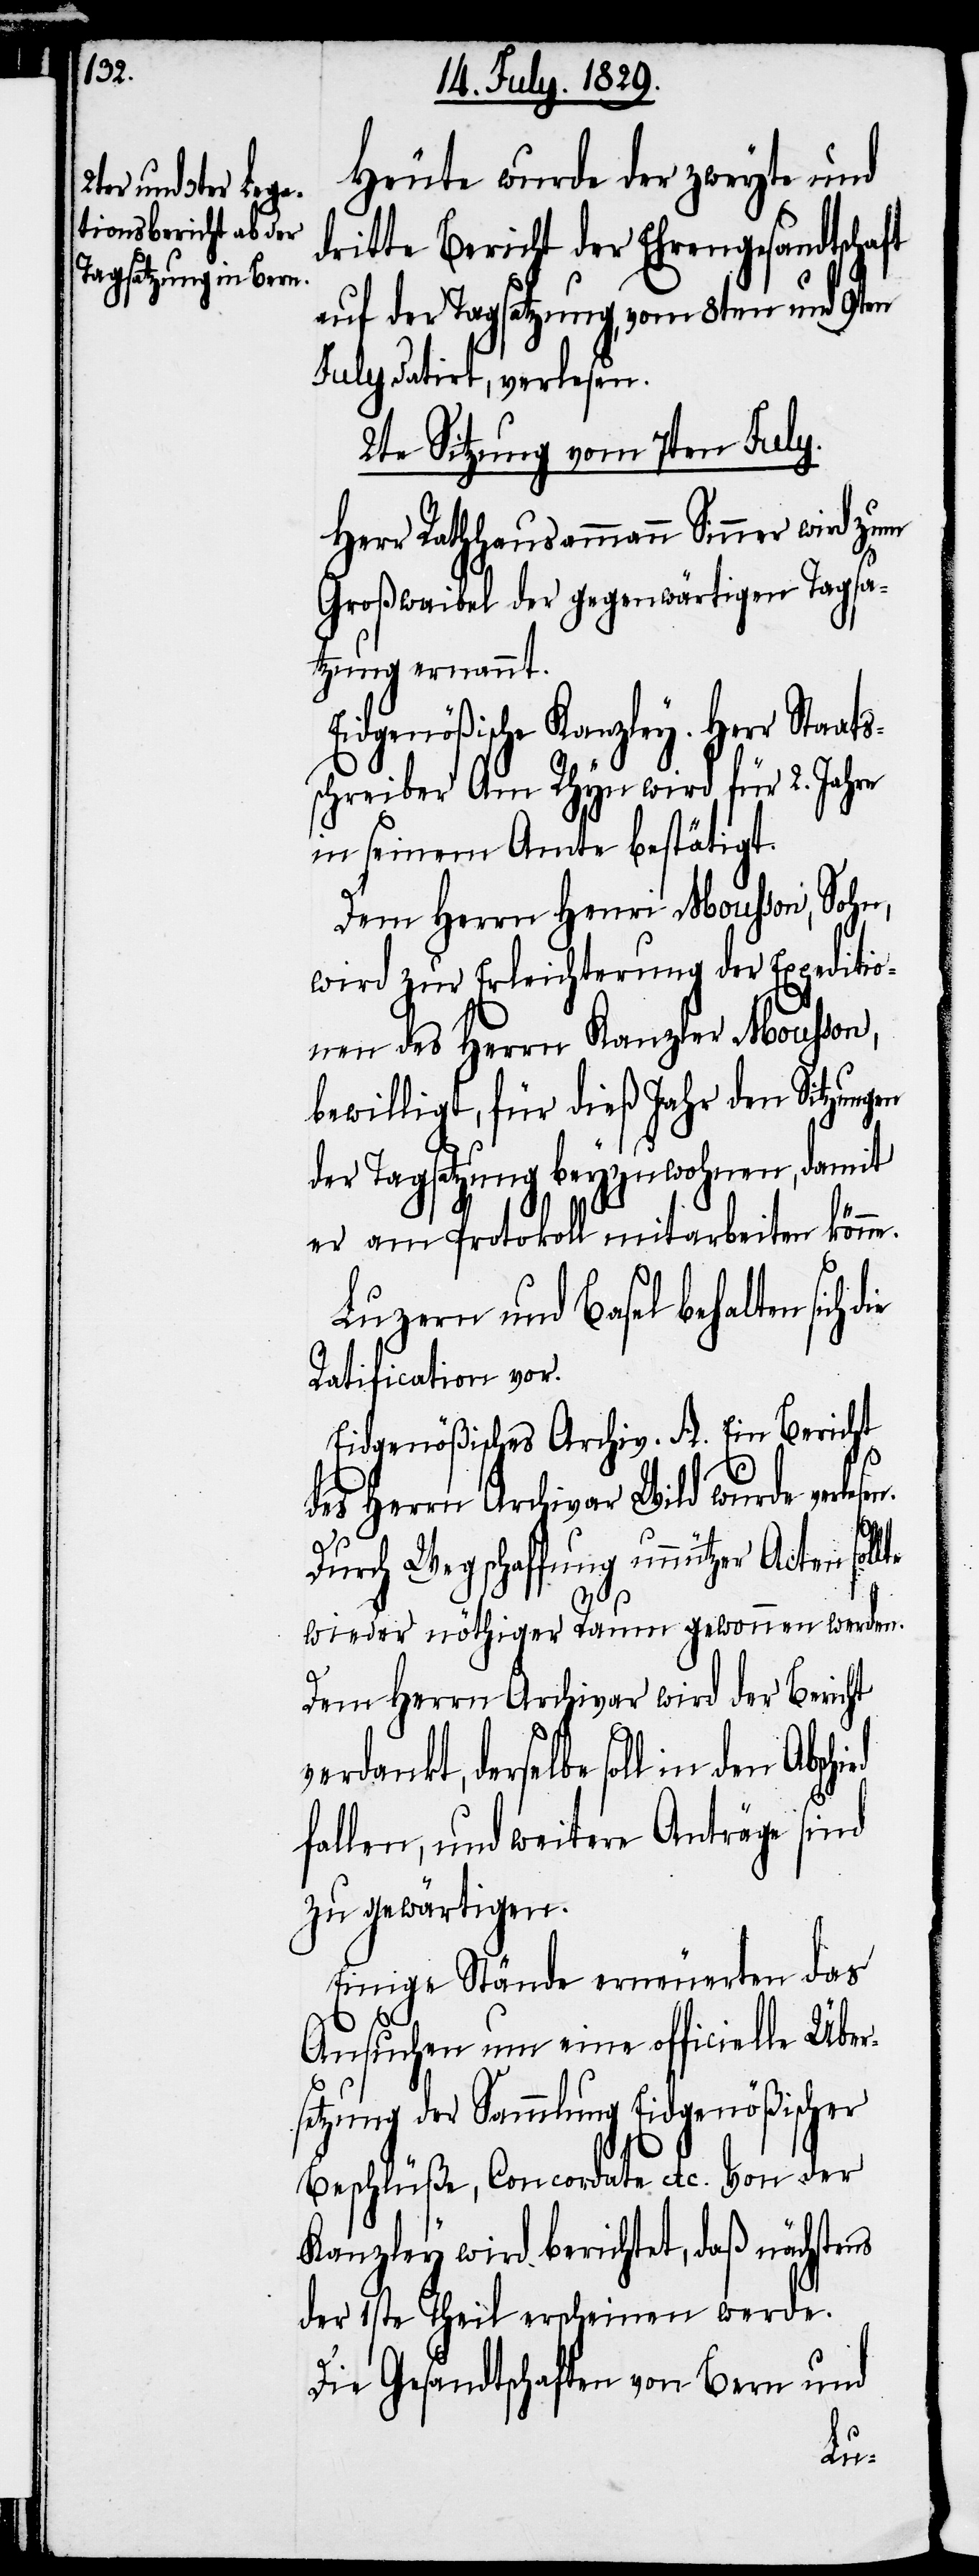
Heute wurde der zweyte und
dritte Bericht der Ehrengesandtschaft
auf der Tagsatzung, vom 8ten und 9ten
July datirt, verlesen.
2te Sitzung vom 7ten July.
Herr Rathhausammann Sinner wird zum
Großwaibel der gegenwärtigen Tagsa¬
tzung ernannt.
Eidgenößische Kanzley. Herr Staats¬
schreiber Am Rhyn wird für 2. Jahre
in seinem Amte bestätigt.
Dem Herrn Henri Mousson, Sohn,
wird zur Erleichterung der Expeditio¬
nen des Herrn Kanzler Mousson,
bewilligt, für dieß Jahr den Sitzungen
der Tagsatzung beyzuwohnen, damit
er am Protokoll mitarbeiten könne.
Luzern und Basel behalten sich
Ratification vor.
Eidgenößisches Archiv. A. Ein Bericht
des Herrn Archivar Wild wurde verle¬
Durch Wegschaffung unnützer Acten sol¬
wieder nöthiger Raum gewonnen werden.
Dem Herrn Archivar wird der Bericht
verdankt, derselbe soll in den
fallen, und weitere Anträge sind
zu gewärtigen.
Einige Stände erneuerten das
Ansuchen um eine officielle Über¬
setzung der Sammlung Eidgenößischer
Beschlüße, Concordate etc. Von der
Kanzley wird berichtet, daß nächs¬
der 1ste Theil erscheinen werde.
Die Gesandtschaften von Bern und
tens